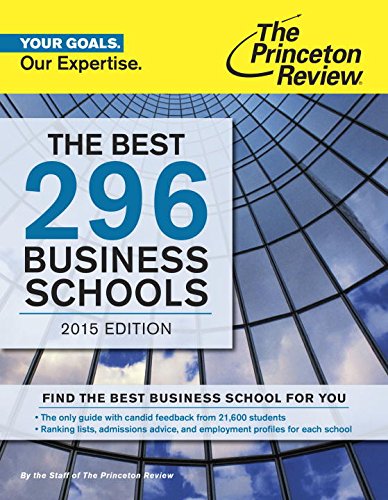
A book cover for The Best 296 Business Schools, 2015 Edition (Graduate School Admissions Guides); Princeton Review; Education & Teaching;